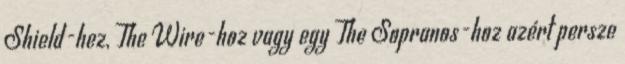
Shield-hez, The Wire-hoz vagy egy The Sopranos-hoz azért persze